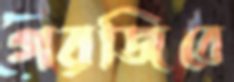
গরজিবে